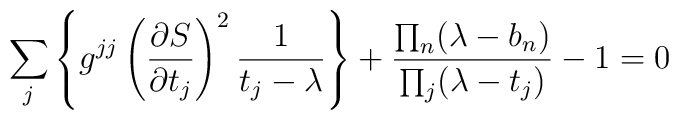
\sum_j \left\{g^{jj}\left({\partial S\over\partial t_j}\right)^2{1\over t_j-\lambda}\right\}+{\prod_n(\lambda-b_n)\over \prod_j(\lambda-t_j)} - 1 =0